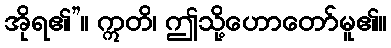
အိုရ၏”။ ဣတိ၊ ဤသို့ဟောတော်မူ၏။